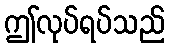
ဤလုပ်ရပ်သည်